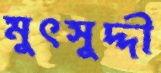
মুৎসুদ্দী